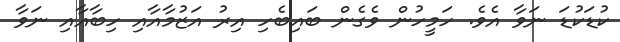
ކުޑަކުޑަ ނަވާ އެވެ. ހަމީހުން ވެގެން ބައިބެހި އިރު އަޒުމާއާއި ހިބާއާއި ނަވާ